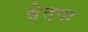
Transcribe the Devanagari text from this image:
बेदना